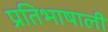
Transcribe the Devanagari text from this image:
प्रतिभाषाली